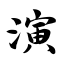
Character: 演